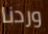
وردنا